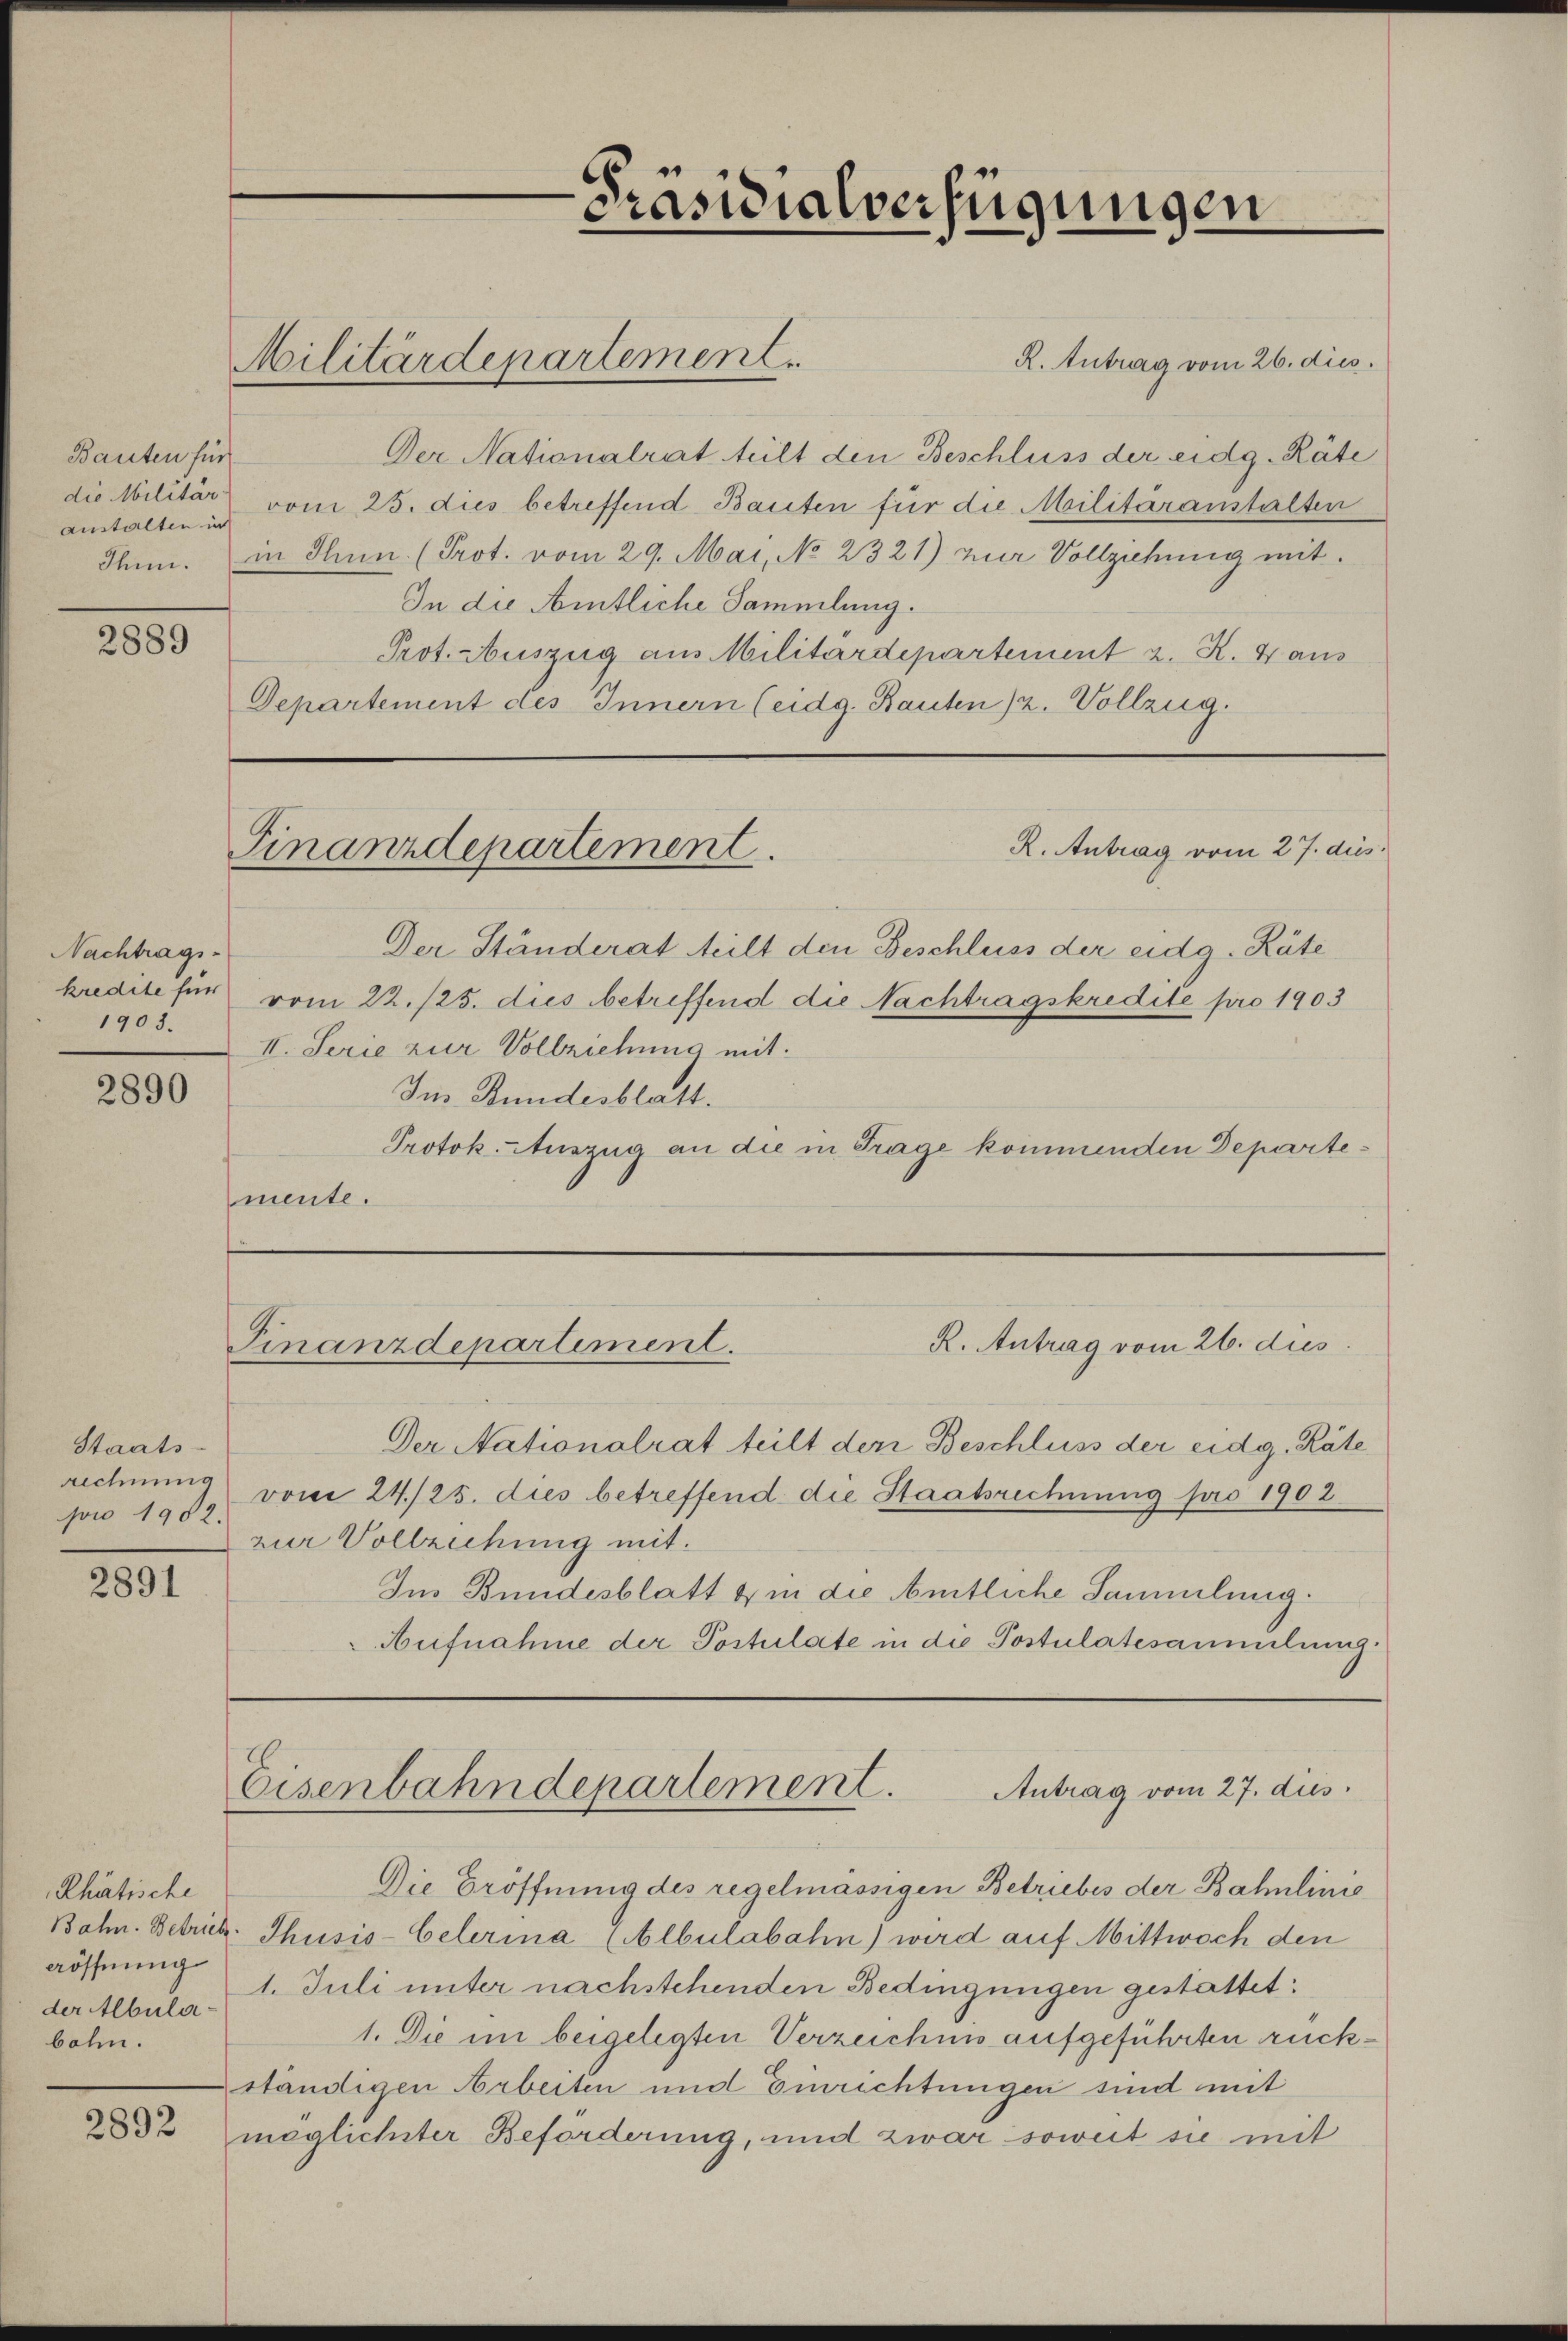
Bauten für
die Militär-
anstalten in

2889

Nachtragskredite für
1903.

2890

Staats-
pro 1902.

2891

Rhätische
Bahn. Betrieb.
aöffnung
der Albulabahn.

2892

Militärdepartement.

Finanzdepartement

Präsidialverfügungen

R. Antrag vom 26. dies
Finanzdepartement.

R. Antrag vom 26. dies
Der Nationalrat teilt den Beschluss der eidg. Räte
vom 25. dies betreffend Bauten für die Militäranstalten
Ihnn. in Thun. (Prot. vom 29. Mai, No 2321) zur Vollziehung mit¬
In die Amtliche Sammlung.
Prot. Auszug aus Militärdepartement z. R. 4 aus
Departement des Innern (eidg. Bauten 2. Vollzug.

R. Antrag vom 27. dus.
Der Ständerat teilt den Beschluss der eidg. Räte
vom 22. 125. dies betreffend die Nachtragskredite pro 1903
II. Serie zur Vollziehung mit
Ins Bundesblatt.
Protok. Auszug an die in Trage kommenden Departemente.

Antrag vom 27. dus.
Eisenbahndepartement.

Der Nationalrat teilt der Beschluss der eidg. Räte
rechnung vom 24./25. dies betreffend die Staatsrechnung pro 1902
zur Vollziehung mit.
Im Bundesblatt & in die Amtliche Sammlung
Aufnahme der Postulate in die Postulatesammelung.

Die Eröffnung des regelmässigen Betriebes der Bahnlinie
Thusis-Celerina (Albulabahn) wird auf Mittwoch den
1. Juli unter nachstehenden Bedingungen gestattet:
1. Die im beigelegten Verzeichnis aufgeführten rückständigen Arbeiten und Einrichtungen sind mit
möglichster Beförderung, und zwar soweit sie mit